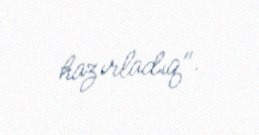
hazırladıq".